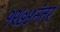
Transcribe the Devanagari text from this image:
१९७५नंतर